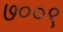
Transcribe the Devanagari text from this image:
७००९